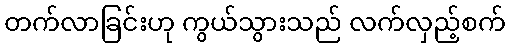
တက်လာခြင်းဟု ကွယ်သွားသည် လက်လှည့်စက်